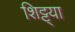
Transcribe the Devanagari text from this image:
शिट्ट्या